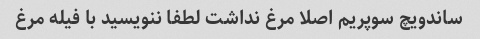
ساندویچ سوپریم اصلا مرغ نداشت لطفا ننویسید با فیله مرغ